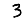
Digit: 3